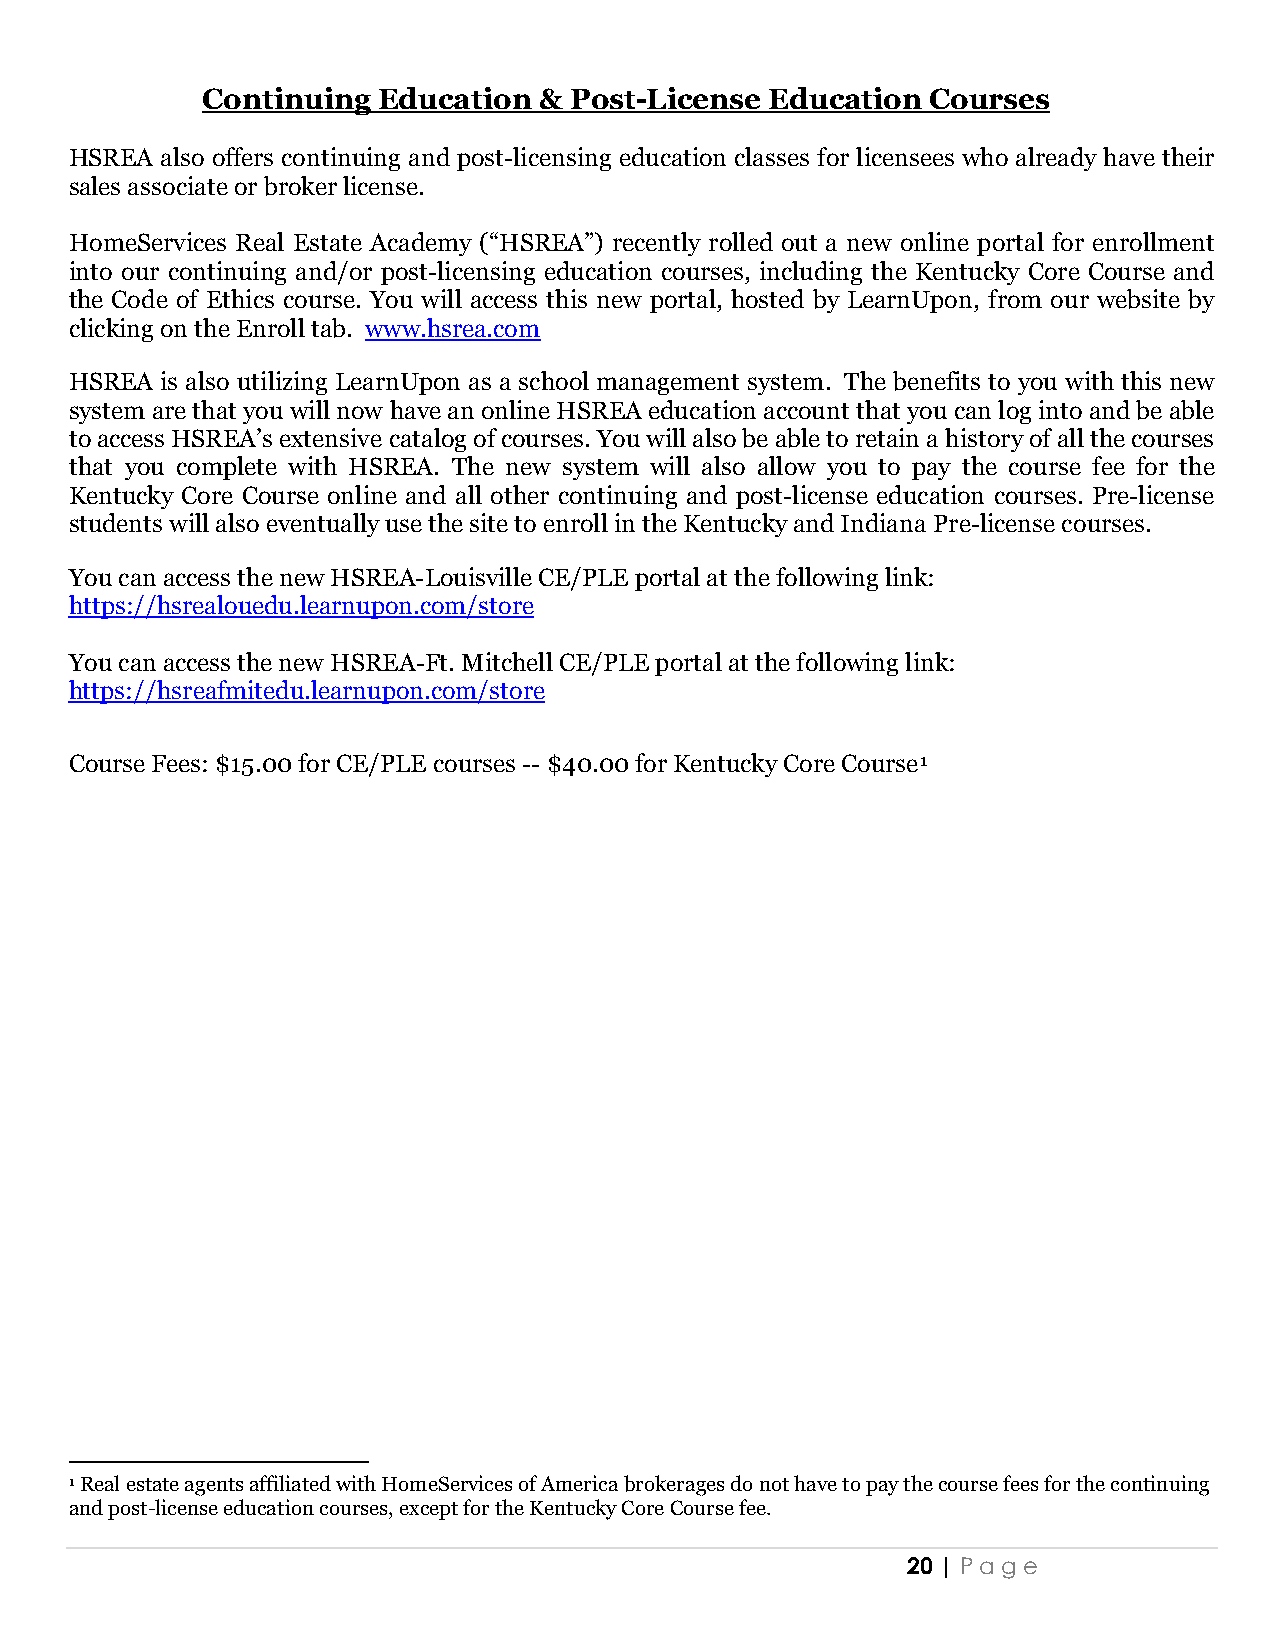
Continuing  Education  & Post-License Education  Courses
 HSREA also offers continuing and post-licensing education classes for licensees who already have their
 sales associate or broker license.
 HomeServices Real Estate Academy (“HSREA”) recently rolled out a new online portal for enrollment
 into our continuing and/or post-licensing education courses, including the Kentucky Core Course and
 the Code of Ethics course. You will access this new portal, hosted by LearnUpon, from our website by
 clicking on the Enroll tab. www.hsrea.com
 HSREA is also utilizing LearnUpon as a school management system. The benefits to you with this new
 system are that you will now have an online HSREA education account that you can log into and be able
 to access HSREA’s extensive catalog of courses. You will also be able to retain a history of all the courses
 that you complete with HSREA. The new system will also allow you to pay the course fee for the
 Kentucky Core Course online and all other continuing and post-license education courses. Pre-license
 students will also eventually use the site to enroll in the Kentucky and Indiana Pre-license courses.
 You can access the new HSREA-Louisville CE/PLE portal at the following link:
 https://hsrealouedu.learnupon.com/store
 You can access the new HSREA-Ft. Mitchell CE/PLE portal at the following link:
 https://hsreafmitedu.learnupon.com/store
 Course Fees: $15.00 for CE/PLE courses -- $40.00 for Kentucky Core Course1
 1 Real estate agents affiliated with HomeServices of America brokerages do not have to pay the course fees for the continuing
 and post-license education courses, except for the Kentucky Core Course fee.
 20 | Pa ge